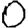
Digit: 0